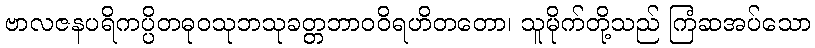
ဗာလဇနပရိကပ္ပိတဓုဝသုဘသုခတ္တဘာဝဝိရဟိတတော၊ သူမိုက်တို့သည် ကြံဆအပ်သော